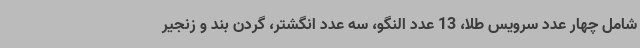
شامل چهار عدد سرویس طلا، 13 عدد النگو، سه عدد انگشتر، گردن بند و زنجیر